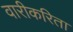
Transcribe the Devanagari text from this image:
वारीकरिता